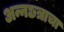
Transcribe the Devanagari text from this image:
अन्नछत्राचा